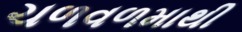
ચળવળમાથી